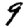
Digit: 9